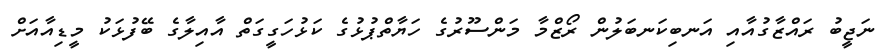
ނަޖީބު ރައްޒާގުއާއި އަނބިކަނބަލުން ރޯޒްމާ މަންސޫރުގެ ހަޔާތްޕުޅުގެ ކަޅުހަގީގަތް އާއިލާގެ ބޭފުޅަކު މީޑިއާއަށް